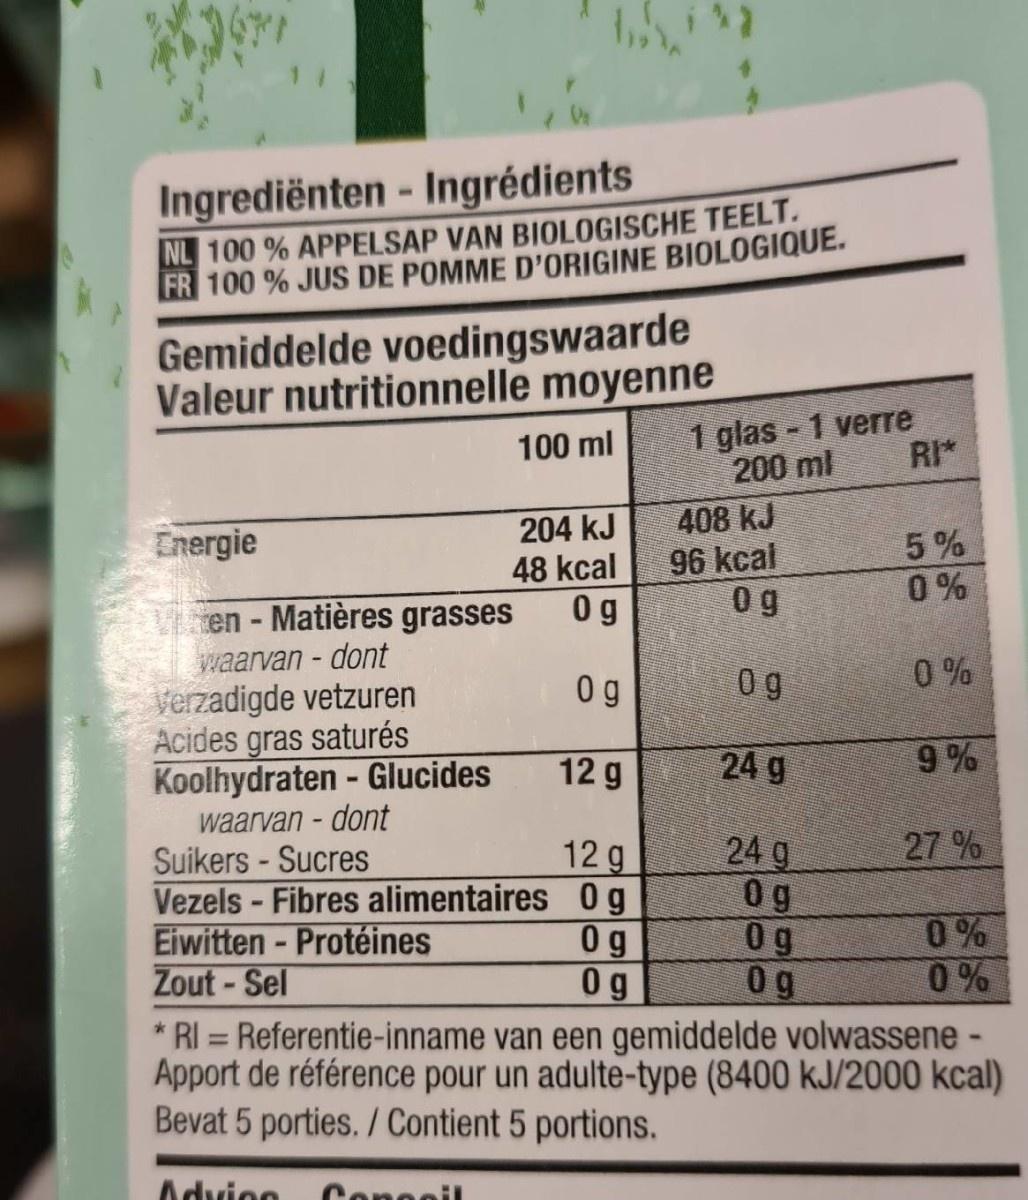
Ingrediënten- Ingrédients NL 100 % APPELSAP VAN BIOLOGISCHE TEELT. FR 100 % JUS DE POMME D'ORIGINE BIOLOGIQUE.
Gemiddelde voedingswaarde Valeur nutritionnelle moyenne
1 glas 1 verre RI* 200 ml
100 ml
204 kJ 48 kcal
408 kJ 96 kcal 0 g
Energie
5%
0 %
0 g
Ven - Matières grasses waarvan - dont verzadigde vetzuren Acides gras saturés Koolhydraten - Glucides waarvan - dont Suikers - Sucres Vezels - Fibres alimentaires 0g Eiwitten - Protéines Zout - Sel * RI = Referentie-inname van een gemiddelde volwassene - Apport de référence pour un adulte-type (8400 kJ/2000 kcal) Bevat 5 porties. /Contient 5 portions.
0 g
0 g
0 %
12 g
24 g
9%
27 %
24 g 0 g 0g 0 g
12 g
0g 0g
0% 0%
Advice